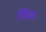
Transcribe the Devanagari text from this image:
शिवाः